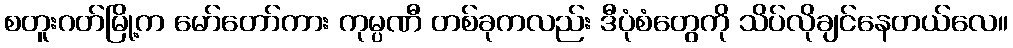
စတူးဂတ်မြို့က မော်တော်ကား ကုမ္ပဏီ တစ်ခုကလည်း ဒီပုံစံတွေကို သိပ်လိုချင်နေတယ်လေ။